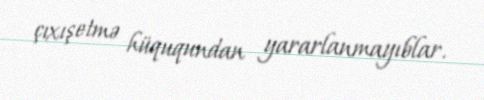
çıxışetmə hüququndan yararlanmayıblar.